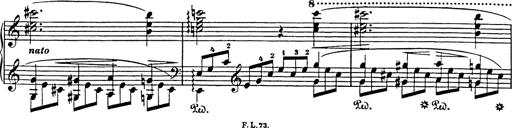
Title: Impromptu
Composer: JosÃ© MarÃ­a Usandizaga
Key: A major